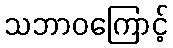
သဘာဝကြောင့်